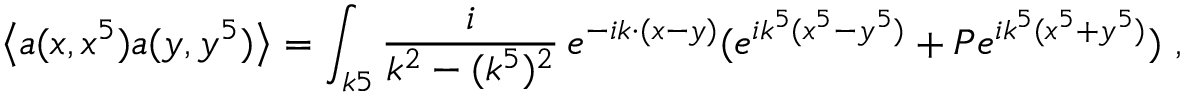
\left\langle { a ( x , x ^ { 5 } ) a ( y , y ^ { 5 } ) } \right\rangle = \int _ { k 5 } { \frac { i } { k ^ { 2 } - ( k ^ { 5 } ) ^ { 2 } } } \, e ^ { - i k \cdot ( x - y ) } ( e ^ { i k ^ { 5 } ( x ^ { 5 } - y ^ { 5 } ) } + P e ^ { i k ^ { 5 } ( x ^ { 5 } + y ^ { 5 } ) } ) \ ,